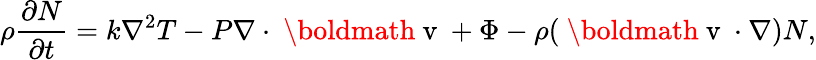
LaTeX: \rho\frac{\partial N}{\partial t}=k\nabla^{2}T-P\nabla\cdot\mathrm{~\boldmath~v~}+\Phi-\rho(\mathrm{~\boldmath~v~}\cdot\nabla)N,